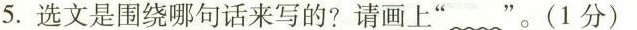
5.选文是围绕哪句话来写的?请画上”一一一”。(1分)